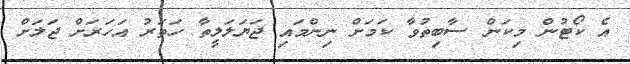
އެ ކޯޓުން މިކަން ސާބިތުވާ ކަމަށް ނިންމައި ޖަޔަލަލީތާ ހަތަރު އަހަރަށް ޖަލަށް